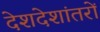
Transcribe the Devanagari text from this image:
देशदेशांतरों